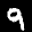
Label: 9